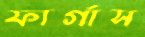
ফার্গাস